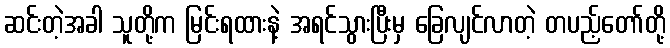
ဆင်းတဲ့အခါ သူတို့က မြင်းရထားနဲ့ အရင်သွားပြီးမှ ခြေလျင်လာတဲ့ တပည့်တော်တို့